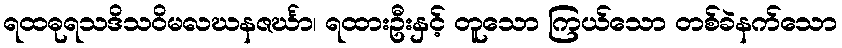
ရထဓုရသဒိသဝိမလဃနဇင်္ဃာ၊ ရထားဦးနှင့် တူသော ကြယ်သော တစ်ခဲနက်သော